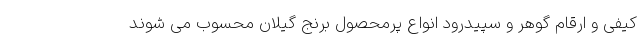
کیفی و ارقام گوهر و سپیدرود انواع پرمحصول برنج گیلان محسوب می شوند